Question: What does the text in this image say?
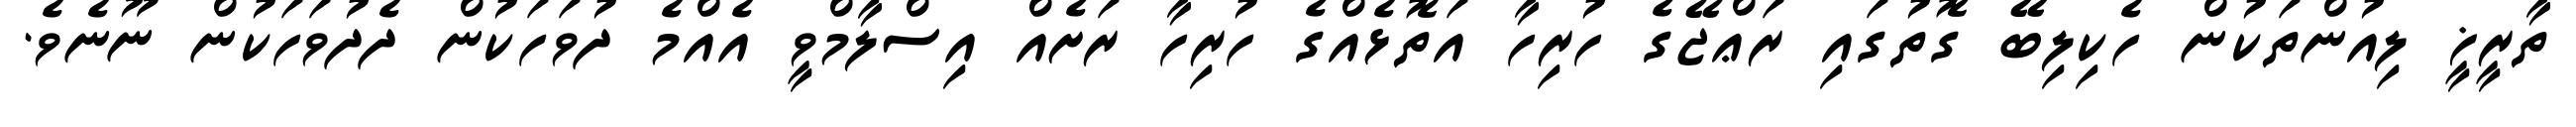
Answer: ތާރީޚީ ލިއުންތަކުން ހެކިލިބޭ ގޮތުގައި ރަޢްޖޭގެ ހުރިހާ އަތޮޅެއްގެ ހުރިހާ ރަށެއް އިސްލާމްވީ އެއްމެ ދުވަހަކުން ދެދުވަހަކުން ނޫނެވެ.